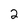
Character: 2